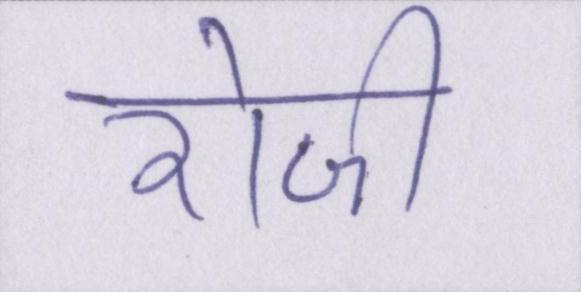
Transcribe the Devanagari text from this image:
रोजी